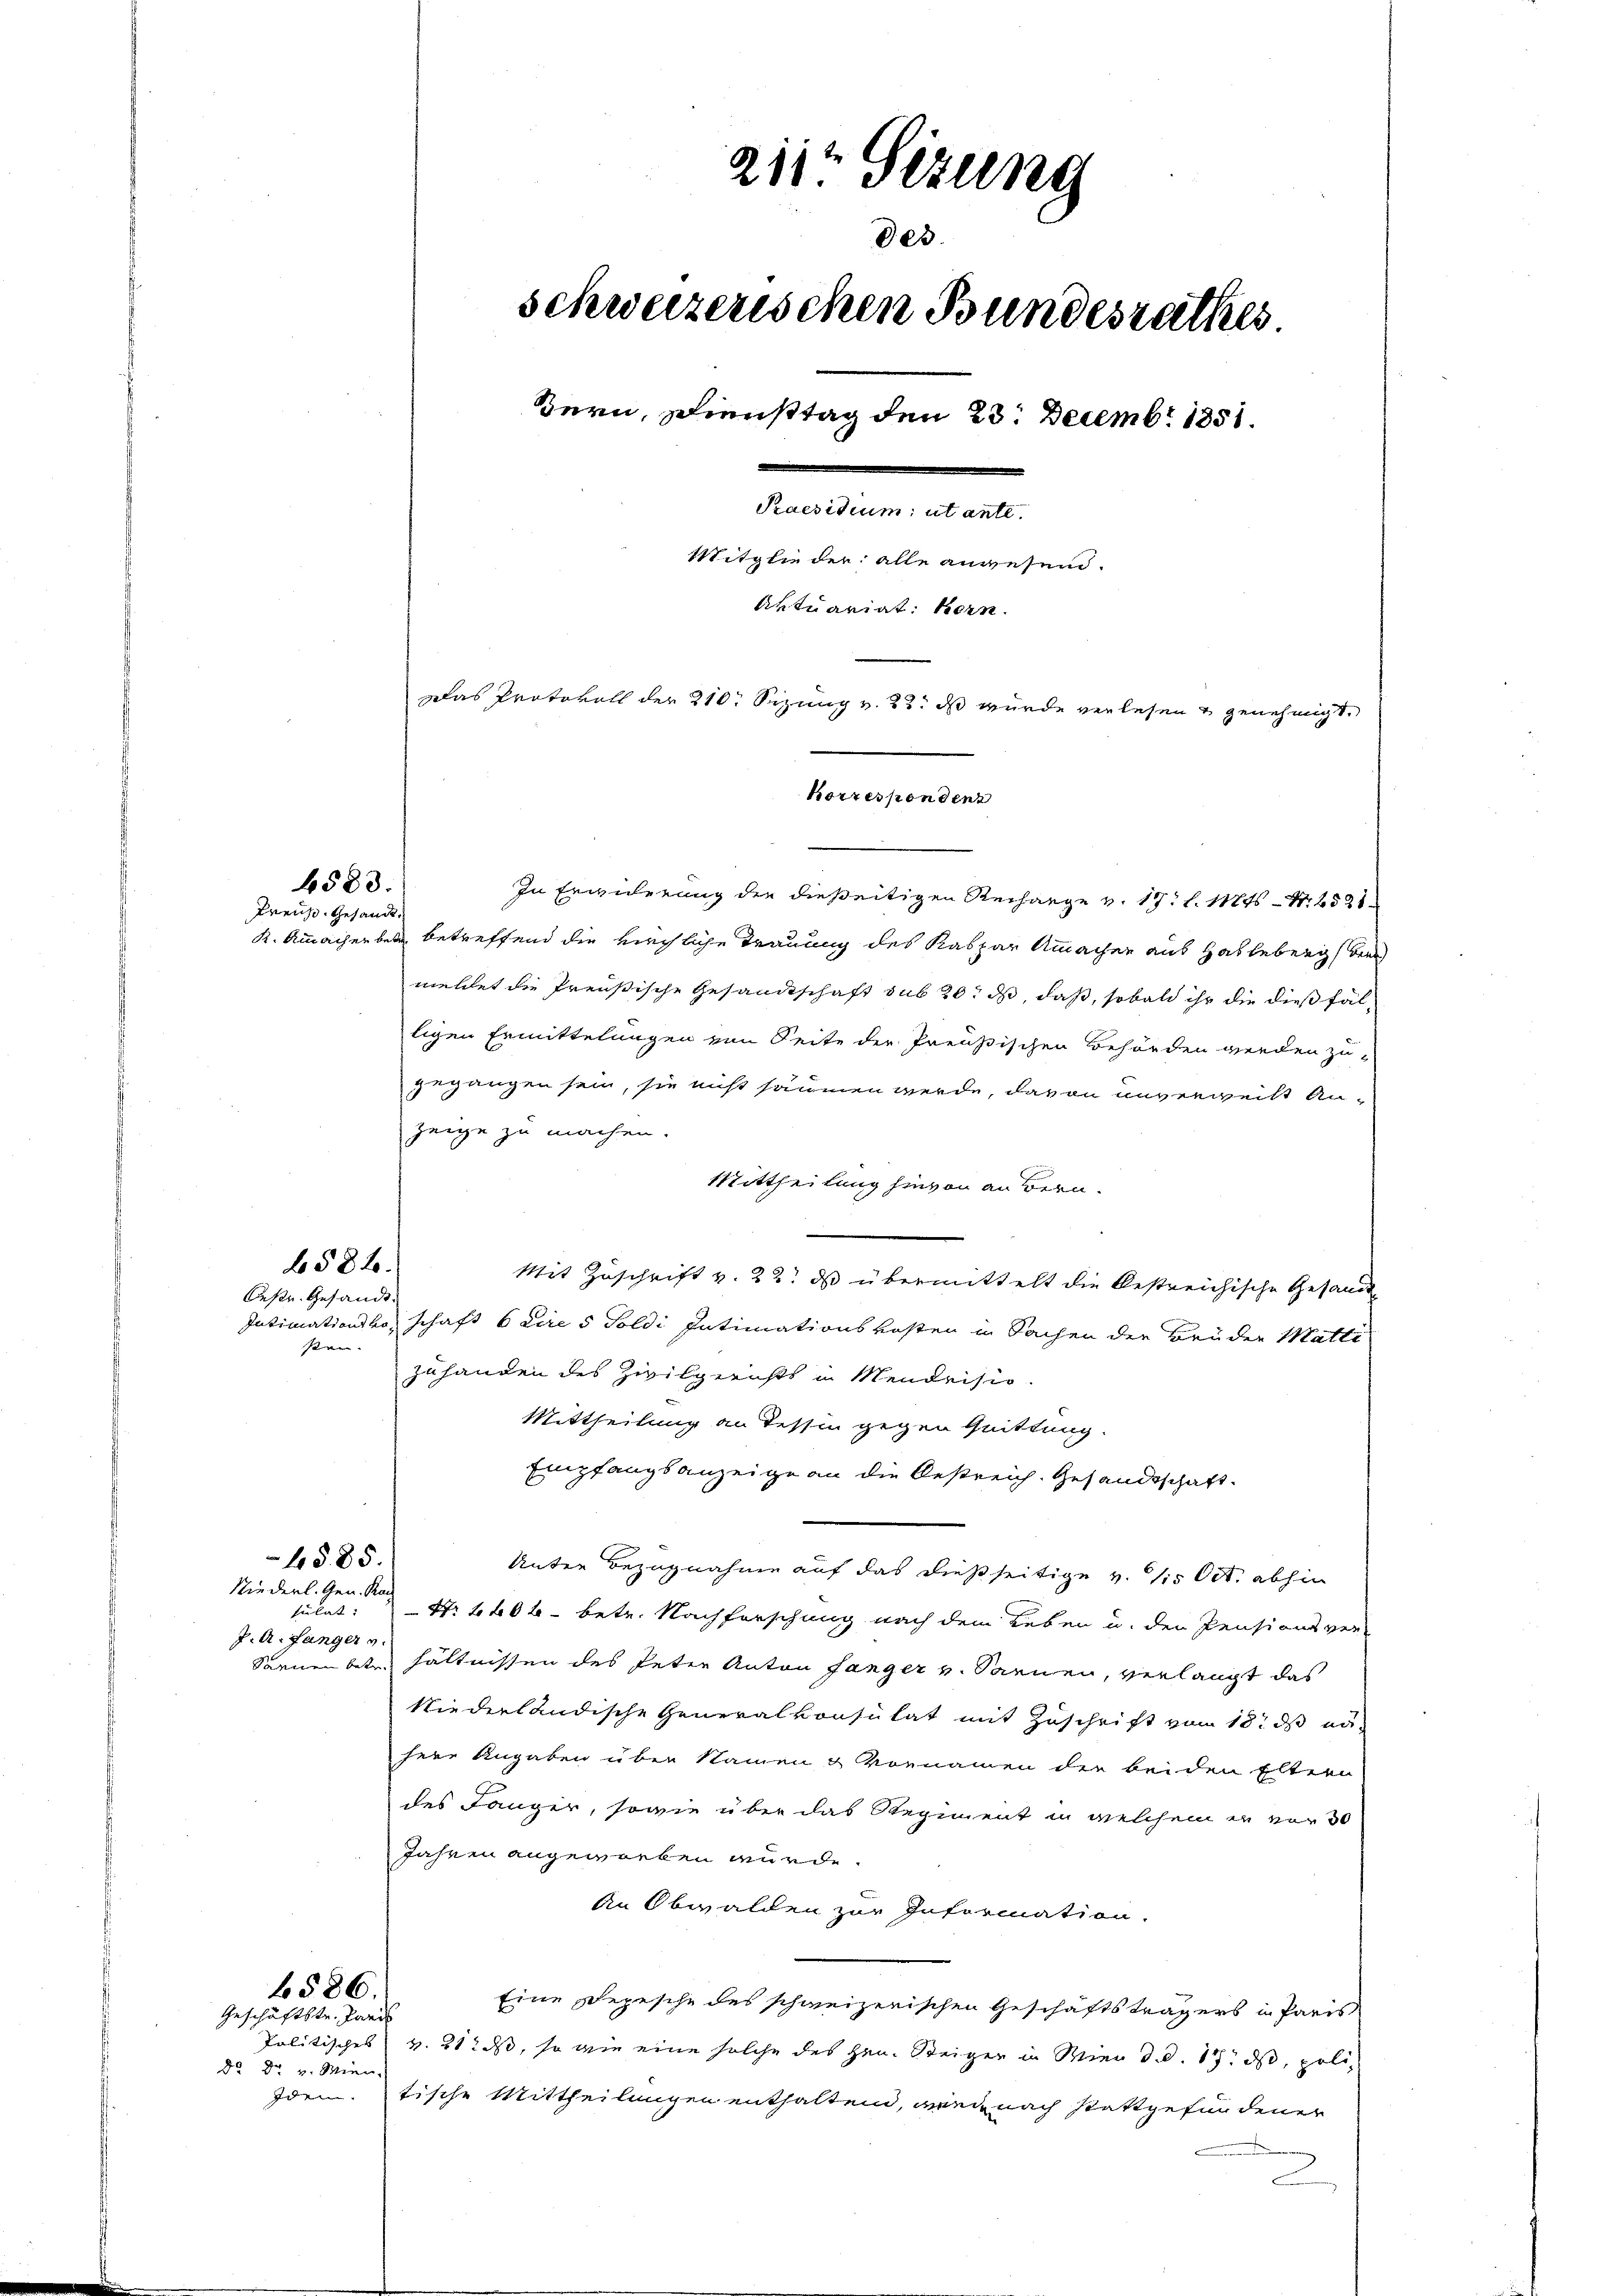
6582.
Oeste Gesandt.

4583.
Preuß. Gesandt,

stren- |

In Erwiderung der dießeitigen Rechange v. 17. l. Mts. N. 252
K. Ammacherber betreffend die kirchliche Trauung des Kaspar Ammachen aus Halleberg beri
meldet die Preußische Gesandtschaft sub 20. ds, daß, sobald ihr die dießfälligen Ermittelungen von Seite der Preußischen Behörden werden zu-
gegangen sein, sie nicht säumen werde, davon unverweist Anzeige zu machen.
Mittheilung hievon an Bern.
Mit Zuschrift v. 22. ds übermittelt die bestreichische Gesand
Intimationsko, schaft beires Toldi Intimationskosten in Sachen der Brüder Matti
zuhanden des Zivilgerichts in Mendrisio
Mittheilung an dessin gegen Quittung.
Empfangsanzeige an die Oestreich. Gesandtschaft.
4885.
Unter Bezugnahme auf das dießseitige v. 15 Oct. abhin
Niederl. Gen. Kan
sulat
Nr 4606 - betr. Nachforschung nach dem Leben u. der Pensionsver-
P.A. fänger v
Sornenbetr. hältnissen des Peter Anton fanger v. Sannen, verlangt das
Niederländische Generalkonsulat mit Zuschrift vom 18. ds au
here Angaben über Namen & Vornamen der beiden Eltern
des Länger, sowie über das Regiment in welchem in vor 30
Jahren angeworben wurde.
An Obwalden zur Information.
6586.
Eine Depesche des schweizerischen Geschäftsträgers in Paris
Geschäftstr. Paris
Politisches v. 212 ds, so wie eine solche des Hrn. Steiger in Wien d. d. 17. ds, polid Dr. v. Wien.
Idem tische Mittheilungen enthaltend, weil nach stattgefundener
2

211t Sitzung
Des
schweizerischen Bundesrathes
Bern, Diensttag den 23. Decembr 1851.
Praesidium ut ante.
Mitglie der alle angesend.
Aktuariat: Bern.
Das Protokoll der 210. Sizung v. 22. ds wurde verlesen u genehmigt.
Korrespondenz